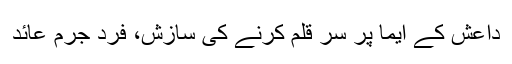
داعش کے ایما پر سر قلم کرنے کی سازش، فرد جرم عائد